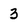
Character: 3